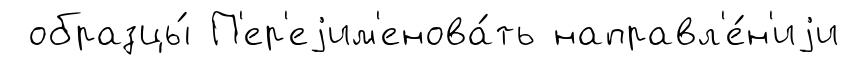
образцы́ П'ер'еjим'енова́ть направл'е́н'иjи